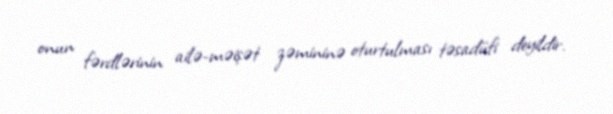
onun fərdlərinin ailə-məişət zəmininə oturtulması təsadüfi deyildir.